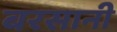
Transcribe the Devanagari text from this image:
बरसानी